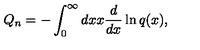
Q _ { n } = - \int _ { 0 } ^ { \infty } d x x { \frac { d } { d x } } \ln q ( x ) ,